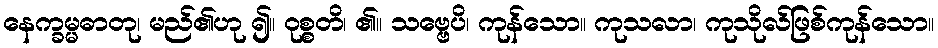
နေက္ခမ္မဓာတု၊ မည်၏ဟု ၍။ ဝုစ္စတိ၊ ၏။ သဗ္ဗေပိ၊ ကုန်သော။ ကုသလာ၊ ကုသိုလ်ဖြစ်ကုန်သော။